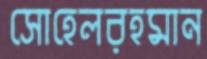
সোহেলরহমান